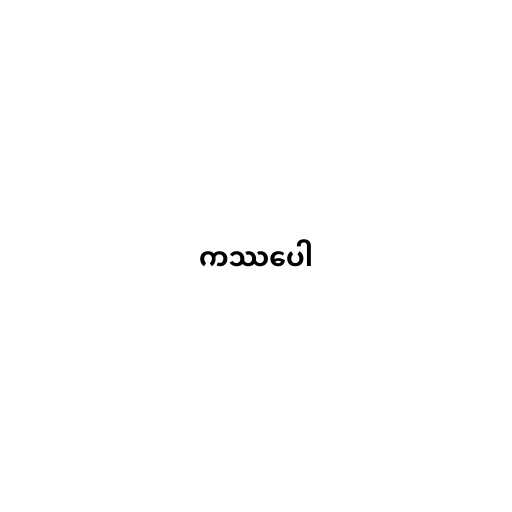
ကဿပေါ